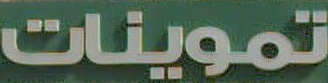
تموينات